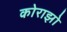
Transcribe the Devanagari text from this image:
कोराझो